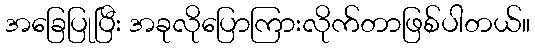
အခြေပြုပြီး အခုလိုပြောကြားလိုက်တာဖြစ်ပါတယ်။